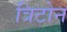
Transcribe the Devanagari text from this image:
त्रिटोन